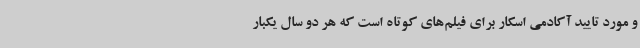
و مورد تایید آکادمی اسکار برای فیلم‌های کوتاه است که هر دو سال یکبار